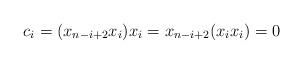
LaTeX: \begin{align*} c_{i} = (x_{n-i+2}x_i)x_{i} = x_{n-i+2}(x_ix_{i}) = 0 \end{align*}